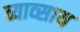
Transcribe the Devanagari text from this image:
व्याव्साय